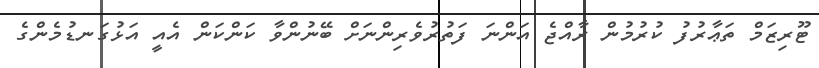
ޓޫރިޒަމް ތަޢާރުފު ކުރުމުން ރާއްޖެ އަންނަ ފަތުރުވެރިންްނަށް ބޭނުންވާ ކަންކަން އެއީ އަޅުގަނޑުމެންގެ